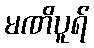
မဏိပူရ်